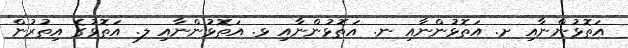
އަތޮޅުންނާއި ށ. އަތޮޅުންނާއި ނ. އަތޮޅުންނާއި ޅ. އަތޮޅުންނާއި ލ. އަތޮޅުގެ އިތުރުން